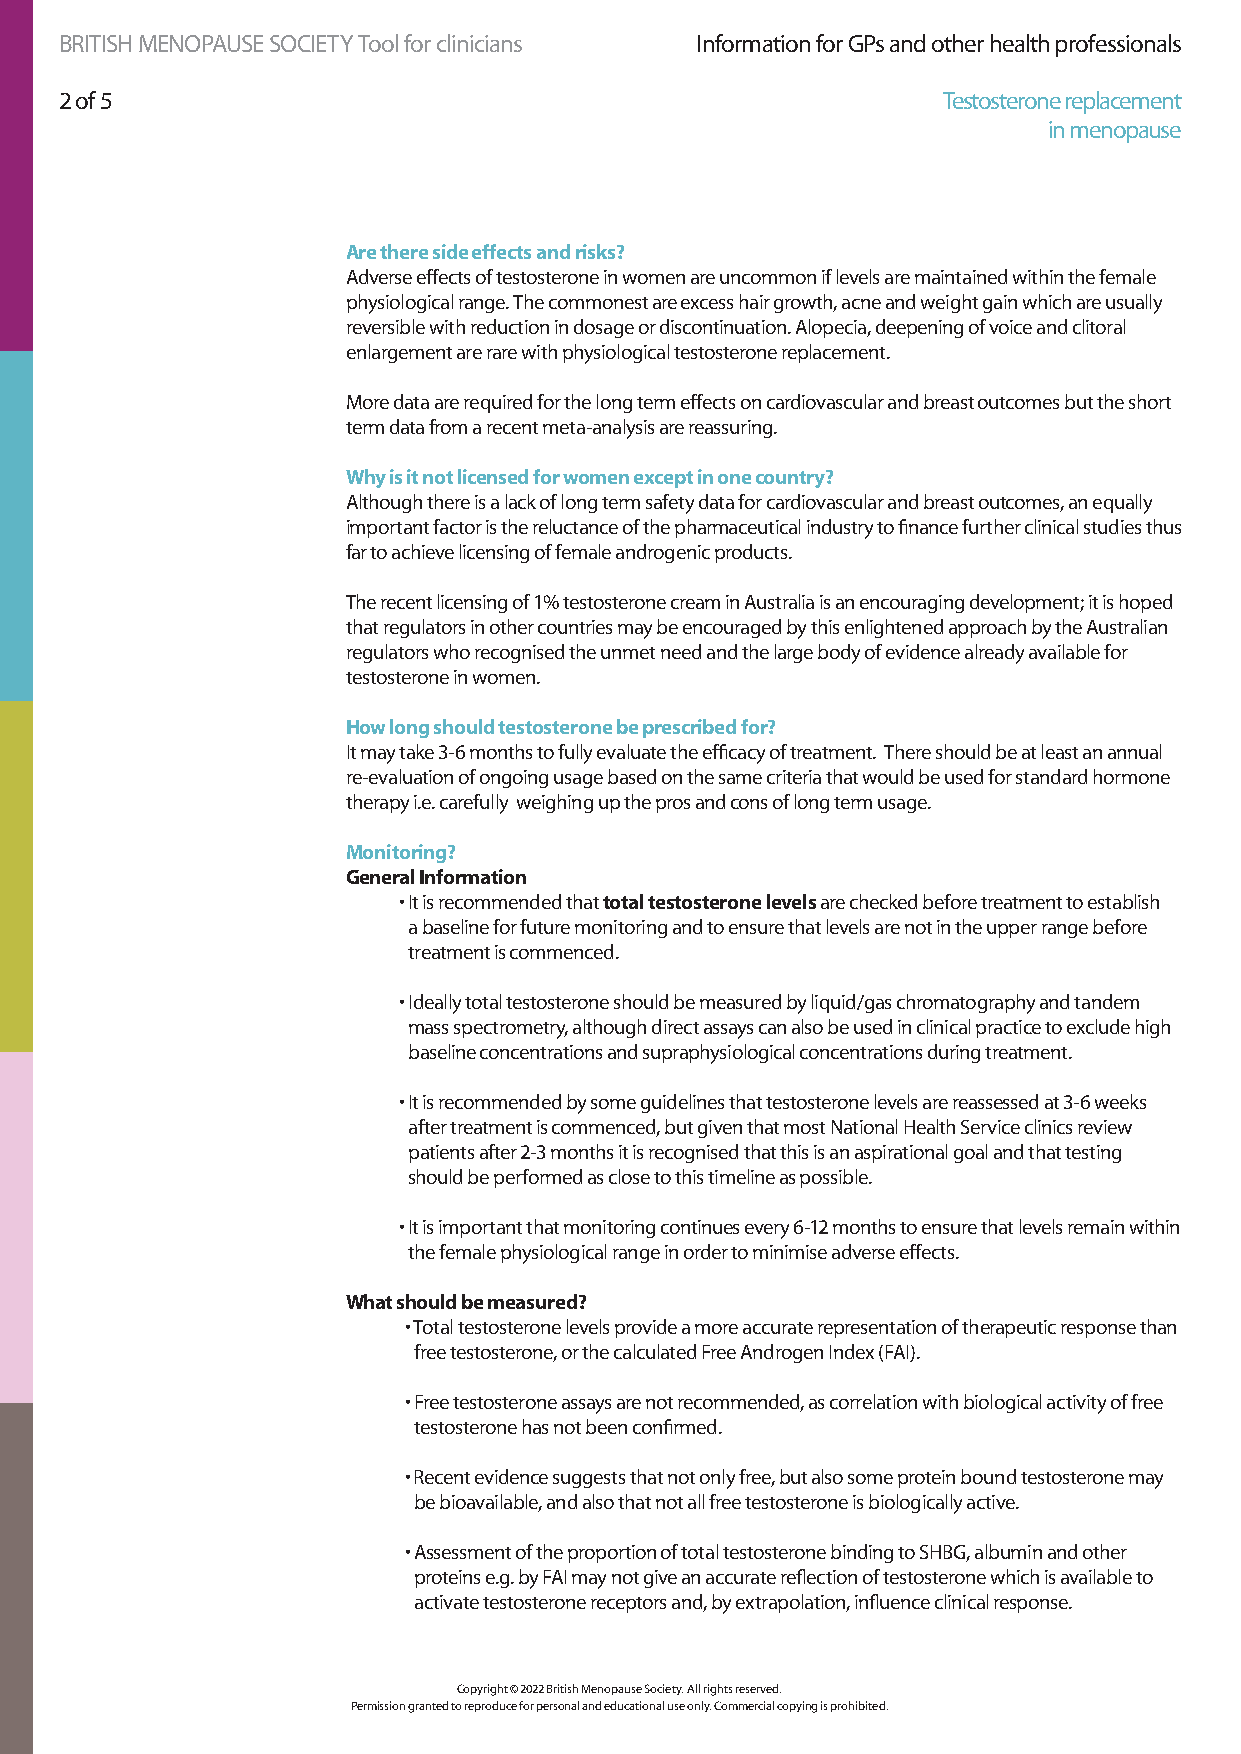
BRITISH MENOPAUSE SOCIETY Tool for clinicians Information for GPs and other health professionals
 2 of 5                                                    Testosterone replacement
 in menopause
 Are there side effects and risks?
 Adverse effects of testosterone in women are uncommon if levels are maintained within the female
 physiological range. The commonest are excess hair growth, acne and weight gain which are usually
 reversible with reduction in dosage or discontinuation. Alopecia, deepening of voice and clitoral
 enlargement are rare with physiological testosterone replacement.
 More data are required for the long term effects on cardiovascular and breast outcomes but the short
 term data from a recent meta-analysis are reassuring.
 Why is it not licensed for women except in one country?
 Although there is a lack of long term safety data for cardiovascular and breast outcomes, an equally
 important factor is the reluctance of the pharmaceutical industry to finance further clinical studies thus
 far to achieve licensing of female androgenic products.
 The recent licensing of 1% testosterone cream in Australia is an encouraging development; it is hoped
 that regulators in other countries may be encouraged by this enlightened approach by the Australian
 regulators who recognised the unmet need and the large body of evidence already available for
 testosterone in women.
 How long should testosterone be prescribed for?
 It may take 3-6 months to fully evaluate the efficacy of treatment. There should be at least an annual
 re-evaluation of ongoing usage based on the same criteria that would be used for standard hormone
 therapy i.e. carefully weighing up the pros and cons of long term usage.
 Monitoring?
 General Information
 • It is recommended that total testosterone levels are checked before treatment to establish
 a baseline for future monitoring and to ensure that levels are not in the upper range before
 treatment is commenced.
 • Ideally total testosterone should be measured by liquid/gas chromatography and tandem
 mass spectrometry, although direct assays can also be used in clinical practice to exclude high
 baseline concentrations and supraphysiological concentrations during treatment.
 • It is recommended by some guidelines that testosterone levels are reassessed at 3-6 weeks
 after treatment is commenced, but given that most National Health Service clinics review
 patients after 2-3 months it is recognised that this is an aspirational goal and that testing
 should be performed as close to this timeline as possible.
 • It is important that monitoring continues every 6-12 months to ensure that levels remain within
 the female physiological range in order to minimise adverse effects.
 What should be measured?
 • Total testosterone levels provide a more accurate representation of therapeutic response than
 free testosterone, or the calculated Free Androgen Index (FAI).
 • Free testosterone assays are not recommended, as correlation with biological activity of free
 testosterone has not been confirmed.
 • Recent evidence suggests that not only free, but also some protein bound testosterone may
 be bioavailable, and also that not all free testosterone is biologically active.
 • Assessment of the proportion of total testosterone binding to SHBG, albumin and other
 proteins e.g. by FAI may not give an accurate reflection of testosterone which is available to
 activate testosterone receptors and, by extrapolation, influence clinical response.
 Copyright © 2022 British Menopause Society. All rights reserved.
 Permission granted to reproduce for personal and educational use only. Commercial copying is prohibited.